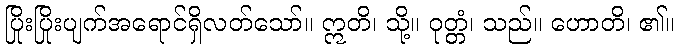
ပြိုးပြိုးပျက်အရောင်ရှိလတ်သော်။ ဣတိ၊ သို့။ ဝုတ္တံ၊ သည်။ ဟောတိ၊ ၏။